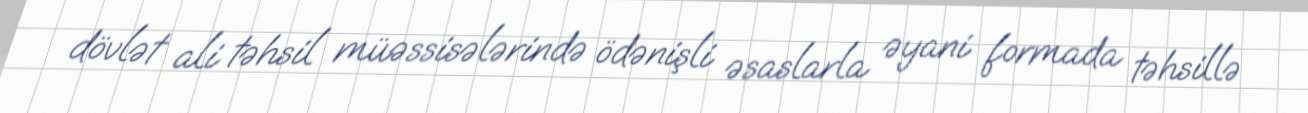
dövlət ali təhsil müəssisələrində ödənişli əsaslarla əyani formada təhsillə